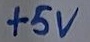
Text: +5V